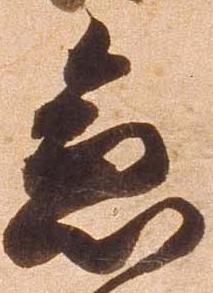
急